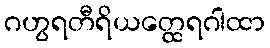
ဂဟွရတီရိယတ္ထေရဂါထာ